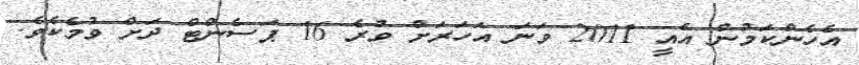
އެހެންކަމުން އެއީ 2011 ވަނަ އަހަރަށް ވުރެ 16 ޕަސެންޓް ދަށް ވުމެކެވެ.